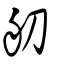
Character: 舠